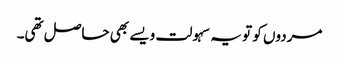
مردوں کو تو یہ سہولت ویسے بھی حاصل تھی۔